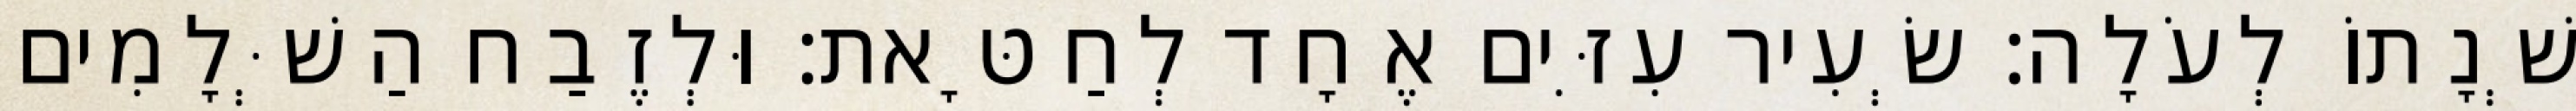
שְׁנָתוֹ לְעֹלָה׃ שְׂעִיר עִזִּים אֶחָד לְחַטָּאת׃ וּלְזֶבַח הַשְּׁלָמִים